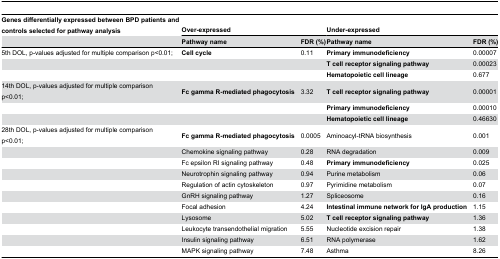
| Genes differentially expressed between BPD patients and controls selected for pathway analysis | <COLSPAN=2> Over-expressed | <COLSPAN=2> Under-expressed |
 |  | Pathway name | FDR (%) | Pathway name | FDR (%) |
 | --- | --- | --- | --- | --- |
 | 5th DOL, p-values adjusted for multiple comparison p<0.01; | Cell cycle | 0.11 | Primary immunodeficiency | 0.00007 |
 |  |  |  | T cell receptor signaling pathway | 0.00023 |
 |  |  |  | Hematopoietic cell lineage | 0.677 |
 | 14th DOL, p-values adjusted for multiple comparison p<0.01; | Fc gamma R-mediated phagocytosis | 3.32 | T cell receptor signaling pathway | 0.00001 |
 |  |  |  | Primary immunodeficiency | 0.00010 |
 |  |  |  | Hematopoietic cell lineage | 0.46630 |
 | 28th DOL, p-values adjusted for multiple comparison p<0.01; | Fc gamma R-mediated phagocytosis | 0.0005 | Aminoacyl-tRNA biosynthesis | 0.001 |
 |  | Chemokine signaling pathway | 0.28 | RNA degradation | 0.009 |
 |  | Fc epsilon RI signaling pathway | 0.48 | Primary immunodeficiency | 0.025 |
 |  | Neurotrophin signaling pathway | 0.94 | Purine metabolism | 0.06 |
 |  | Regulation of actin cytoskeleton | 0.97 | Pyrimidine metabolism | 0.07 |
 |  | GnRH signaling pathway | 1.27 | Spliceosome | 0.16 |
 |  | Focal adhesion | 4.24 | Intestinal immune network for IgA production | 1.15 |
 |  | Lysosome | 5.02 | T cell receptor signaling pathway | 1.36 |
 |  | Leukocyte transendothelial migration | 5.55 | Nucleotide excision repair | 1.38 |
 |  | Insulin signaling pathway | 6.51 | RNA polymerase | 1.62 |
 |  | MAPK signaling pathway | 7.48 | Asthma | 8.26 |